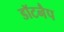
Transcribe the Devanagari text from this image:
डॉटनैप